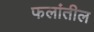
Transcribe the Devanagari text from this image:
फलांतील